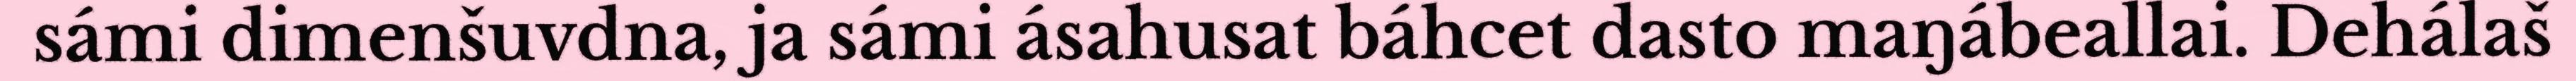
sámi dimenšuvdna, ja sámi ásahusat báhcet dasto maŋábeallai. Dehálaš